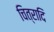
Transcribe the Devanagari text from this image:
चित्रादि